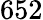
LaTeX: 652